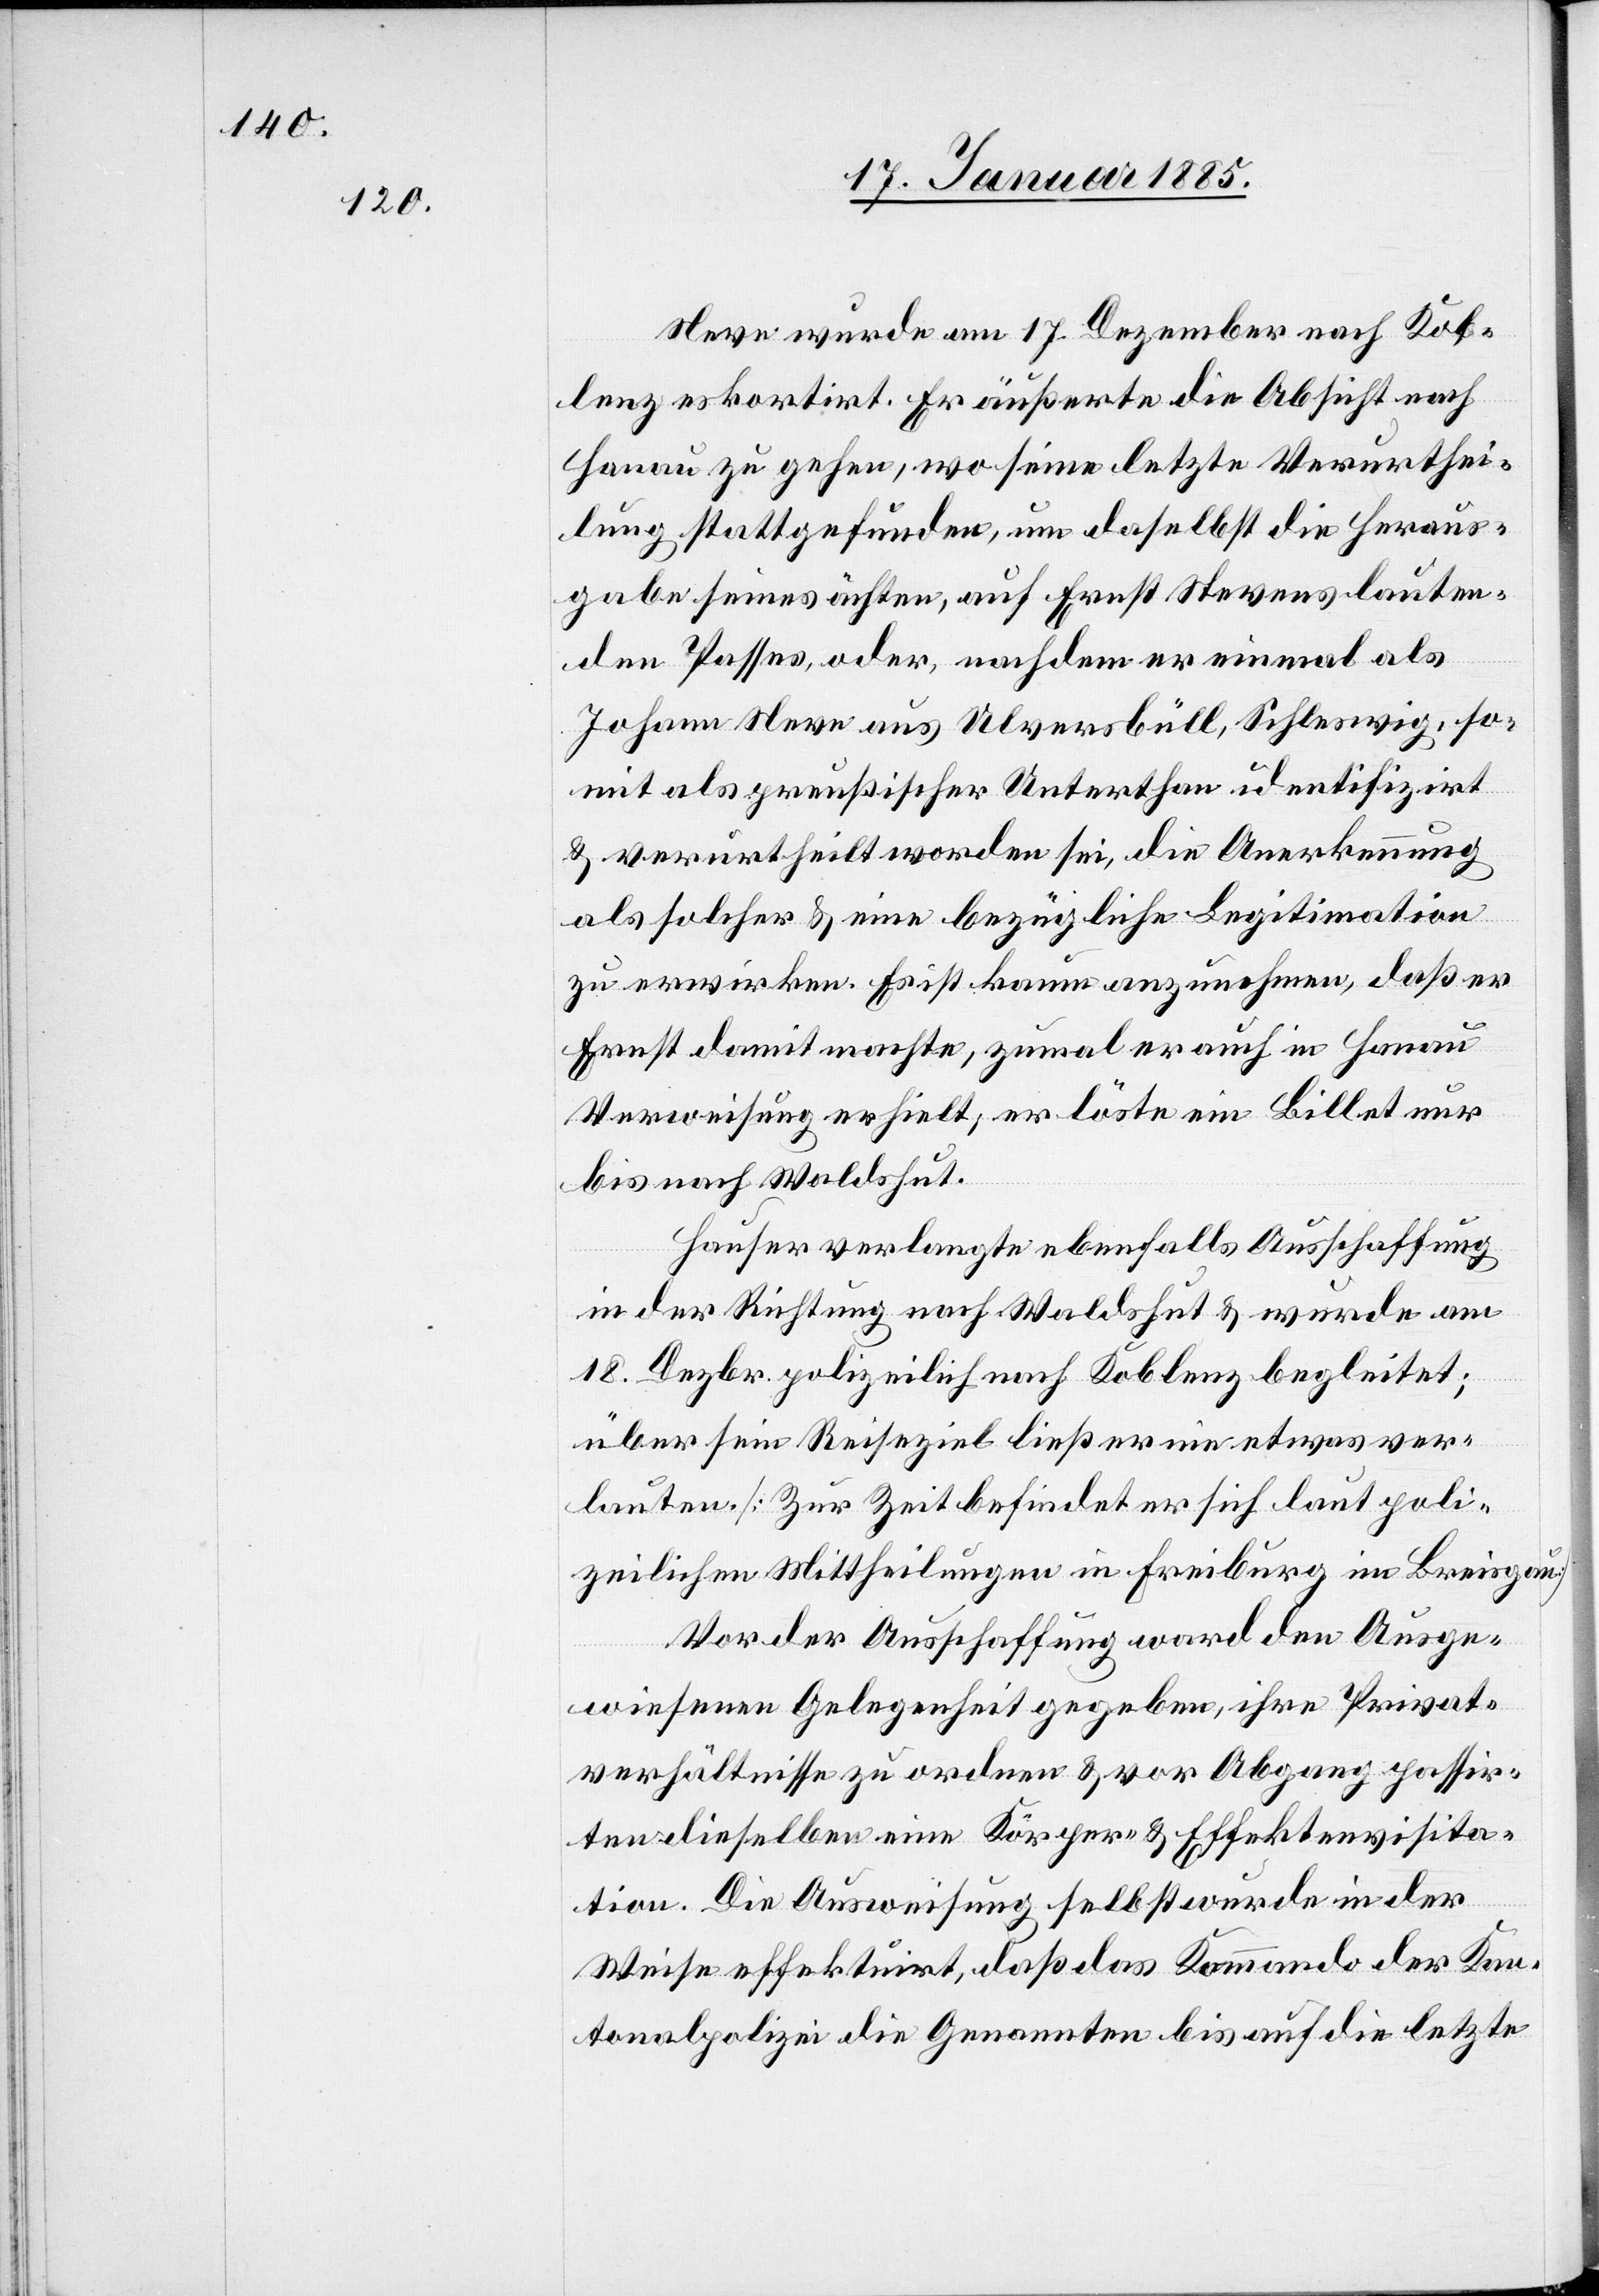
Neve wurde am 17. Dezember nach Kob¬
lenz eskortirt. Er äußerte die Absicht nach
Hanau zu gehen, wo seine letzte Verurthei¬
lung stattgefunden, um daselbst die Heraus¬
gabe seines ächten, auf Ernst Nevens lauten¬
den Passes, oder, nach dem er einmal als
Johann Neve aus Ulversbüll, Schleswig, so¬
mit als preußischer Unterthan identifizirt
& verurtheilt worden sei, die Anerkennung
als solcher & eine bezügliche Legitimation
zu erwirken. Es ist kaum anzunehmen, daß er
Ernst damit machte, zumal er auch in Hanau
Verweisung erhielt; er löste ein Billet nur
bis nach Waldshut.
Hauser verlangte ebenfalls Ausschaffung
in der Richtung nach Waldshut & wurde am
18. Dezbr. polizeilich nach Koblenz begleitet;
über sein Reiseziel ließ er nie etwas ver¬
lauten [Zur Zeit befindet er sich laut poli¬
zeilichen Mittheilungen in Freiburg im Breisgau.]
Vor der Ausschaffung ward den Ausge¬
wiesenen Gelegenheit gegeben, ihre Privat¬
verhältnisse zu ordnen & vor Abgang passir¬
ten dieselben eine Körper- & Effektenvisita¬
tion. Die Ausweisung selbst wurde in der
Weise effektuirt, daß das Kommando der Kan¬
tonalpolizei die Genannten bis auf die letzte